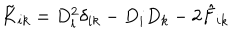
LaTeX: \tilde { K } _ { i k } = D _ { l } ^ { 2 } \delta _ { i k } - D _ { i } D _ { k } - 2 \hat { F } _ { i k }